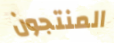
المنتجون